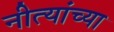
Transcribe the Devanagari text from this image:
नीत्यांच्या